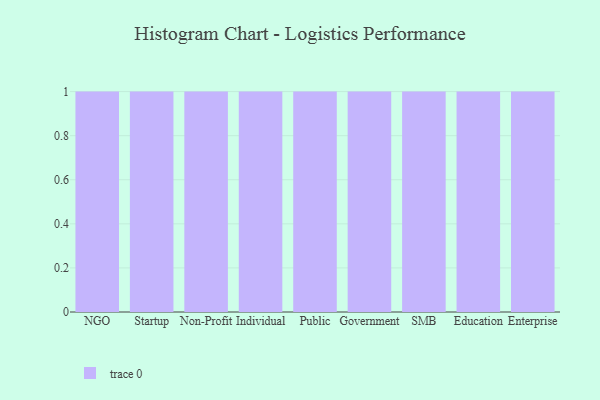
{"axis": {"x": "Segment", "y": "Churn Rate (%)"}, "legend": [""], "data": [{"x": "NGO", "y": 32, "type": ""}, {"x": "Startup", "y": 92, "type": ""}, {"x": "Non-Profit", "y": 10, "type": ""}, {"x": "Individual", "y": 85, "type": ""}, {"x": "Public", "y": 69, "type": ""}, {"x": "Government", "y": 21, "type": ""}, {"x": "SMB", "y": 40, "type": ""}, {"x": "Education", "y": 40, "type": ""}, {"x": "Enterprise", "y": 43, "type": ""}]}